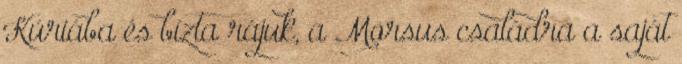
Kúriába és bízta rájuk, a Morsus családra a saját